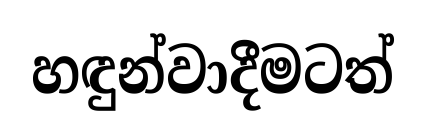
හඳුන්වාදීමටත්